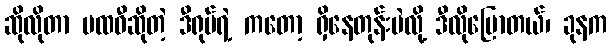
ဆိုလိုတာ ပထဝီဆိုတဲ့ ဒီရုပ်ရဲ့ ကတော့ ရှိနေတုန်းပဲလို့ ဒီလိုပြောတယ်၊ ခုနက